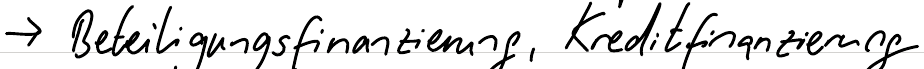
-> Beteiligungsfinanzierung, Kreditfinanzierung